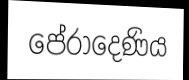
පේරාදෙණිය